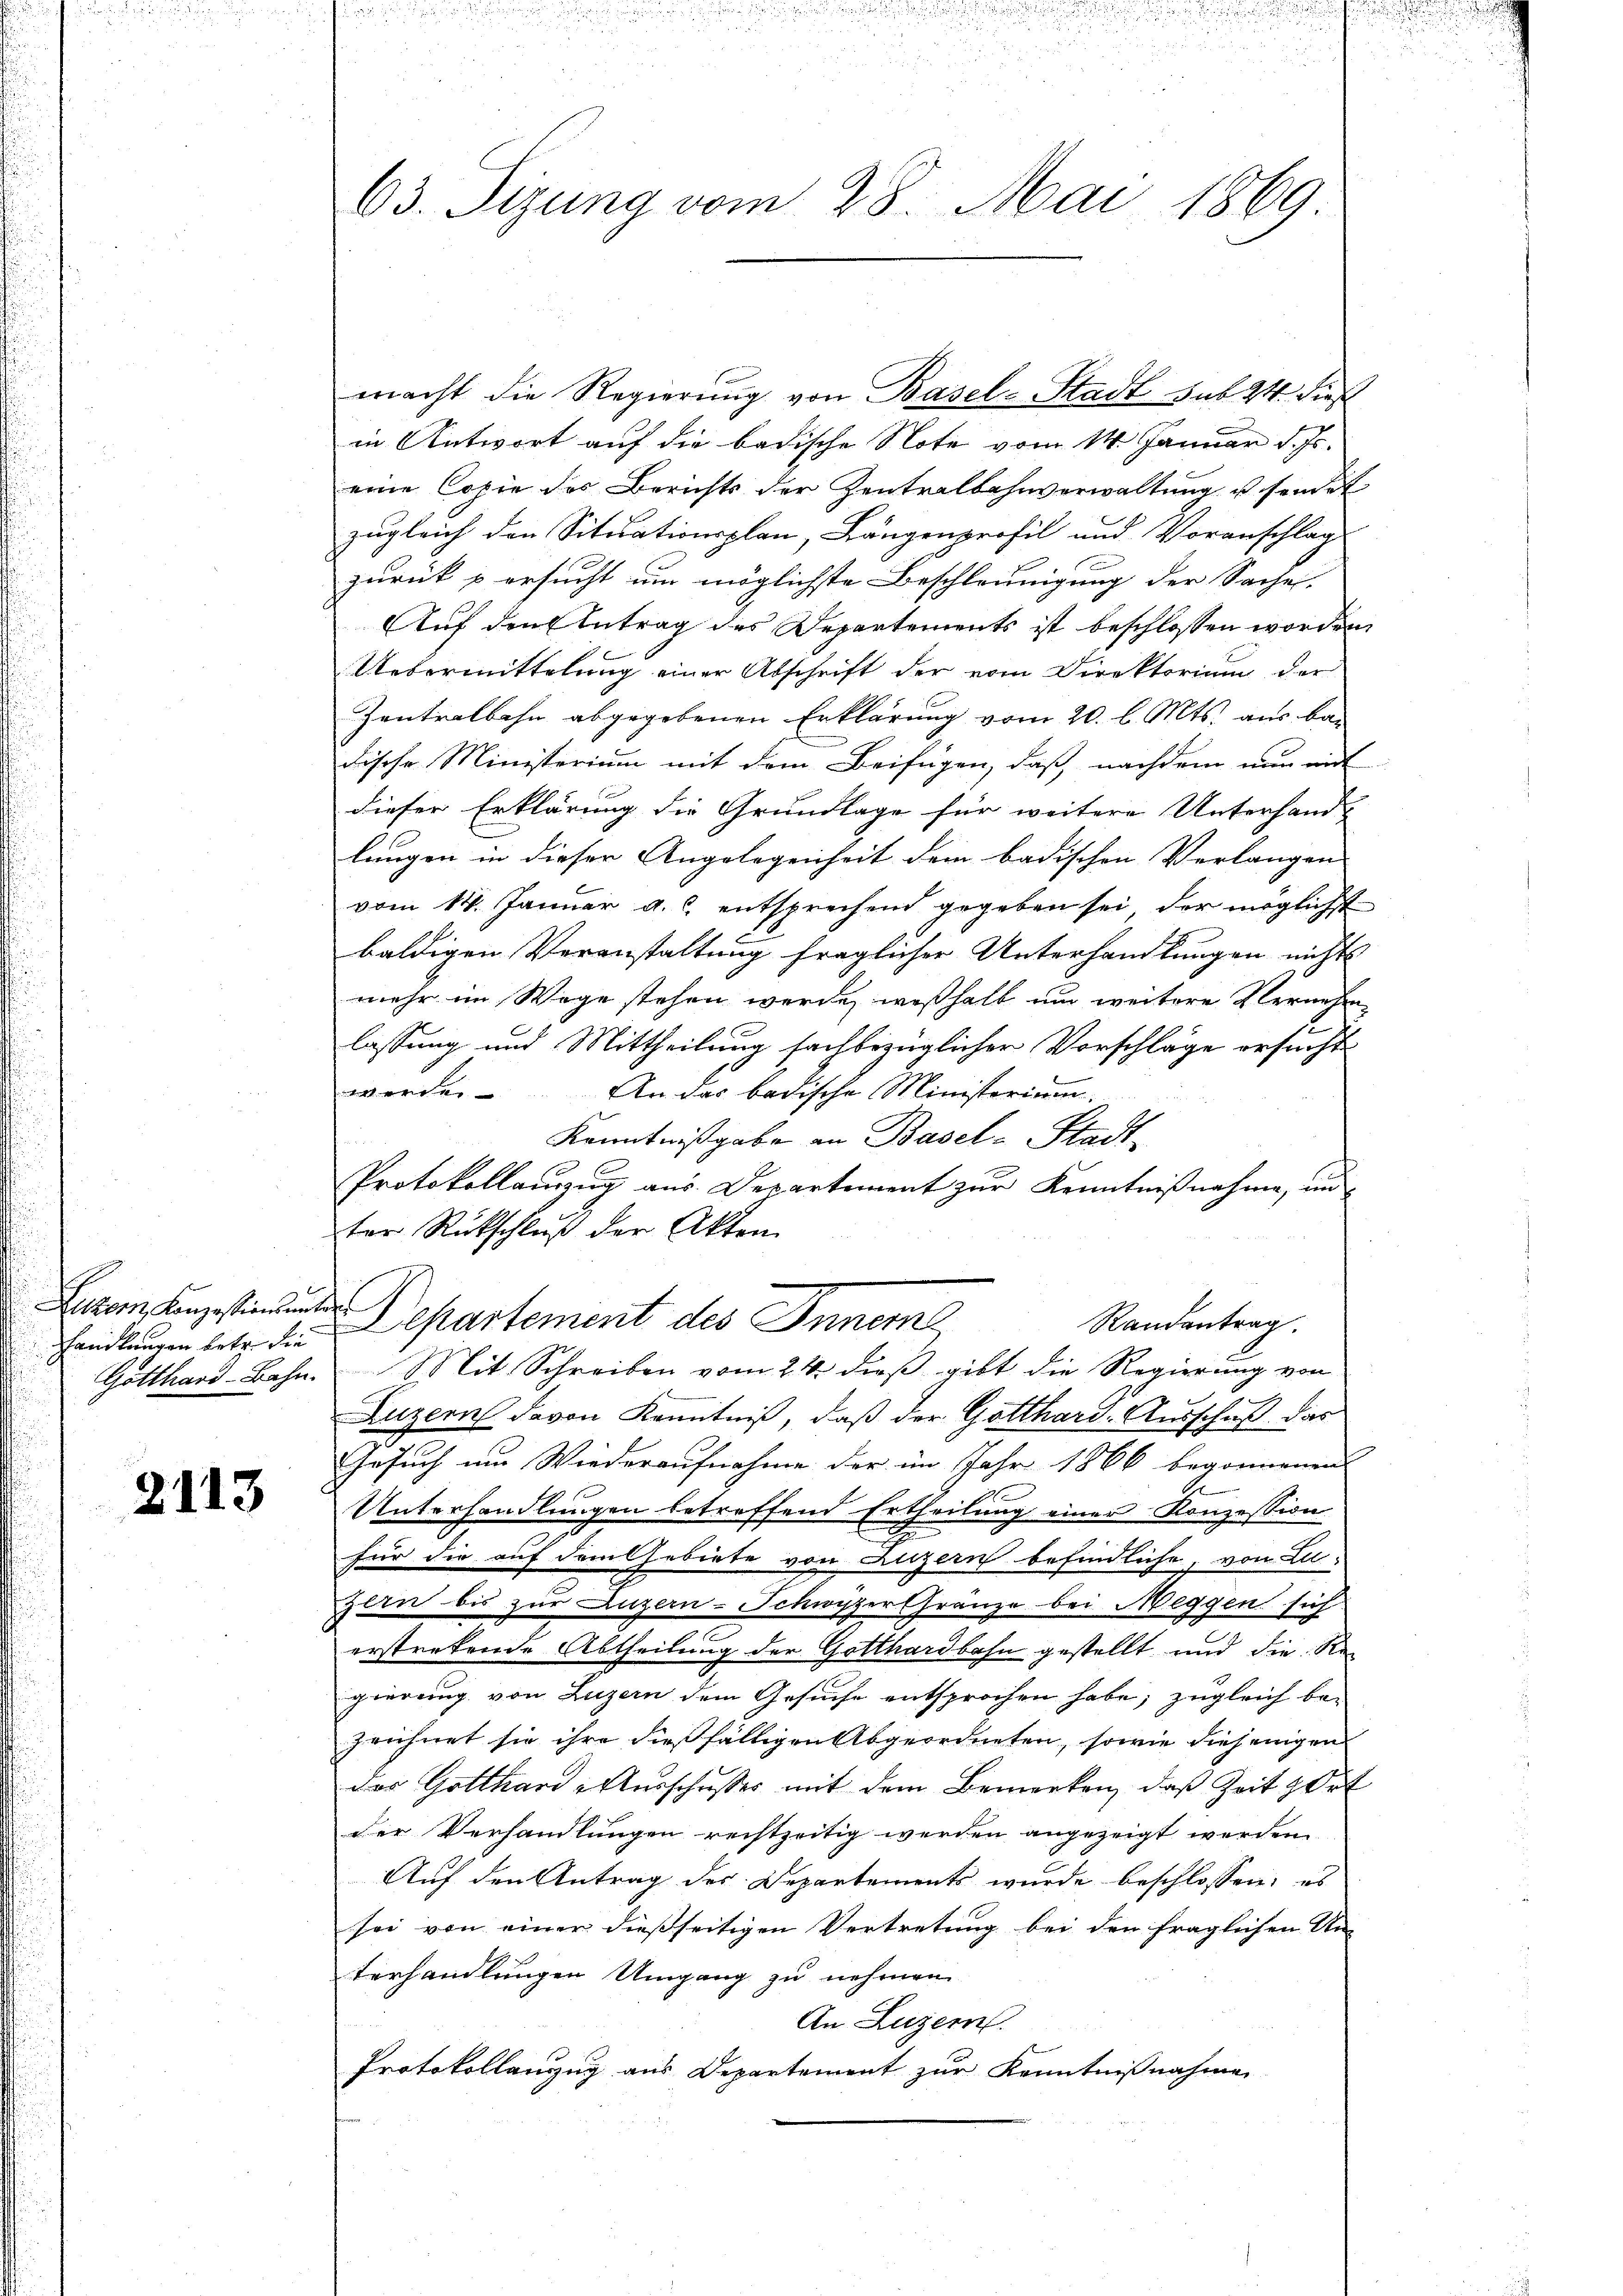
Handlungen betr. die

2113

63. Sizung vom 28. Mai 1869.

macht die Regierung von Basel-Stadt sub 24 dies
in Antwort auf die badische Note vom 14. Januar d. Js.
eine Copie des Berichts der Zentralbahnverwaltung u sendet
zugleich den Situationsplan, Längenprofil und Voranschlag
zurück u ersucht um möglichste Beschleunigung der Sache
Auf den Antrag des Departements ist beschlossen worden,
Uebermittelung einer Abschrift der vom Direktorium der
Zentralbahn abgegebenen Erklärung vom 20. l. Mts. aus ba
dische Ministerium mit dem Beifügen, daß nachdem nun mit
dieser Erklärung die Grundlage für weitere Unterhand-
lungen in dieser Angelegenheit dem badischen Verlangen
vom 14. Januar a. c. entsprechend gegeben sei, der möglichst
baldigen Veranstaltung fraglicher Unterhandlungen nichts
mehr im Wege stehen werde, weßhalb um weitere Vernehme
lassung und Mittheilung sachbezüglicher Vorschläge ersucht
werden
An der badische Ministerium.
Kenntnißgabe an Basel-Stadt-
Protokollauszug aus Departement zur Kenntnißnahme, und
ter Rückschluß der Akten.
Eram angestimmende Departement des Inneme
Randantrag.
Gotthard-Bahn. Mit Schreiben vom 24. dieß gibt die Regierung von
Luzern davon Kenntniß, daß der Gotthard-Ausschuß das
Gesuch um Wiederaufnahme der im Jahr 1866 begonnenen
Unterhandlungen betreffend Ertheilung einer Konzession
für die auf dem Gebiete von Luzern befindliche, von Lu-
Zein bis zur Luzern-Schwyzer Gränze bei Meggen sich
erstrekende Abtheilung der Gotthardbahn gestellt und die Regierung von Luzern dem Gesuche entsprochen habe, zugleich be-
zeichnet sie ihre dießfälligen Abgeordneten, sowie diejenigen
des Gotthard-Ausschusses mit dem Bemerken, daß Zeit Ort
der Verhandlungen rechtzeitig werden angezeigt werden.
Auf den Antrag des Departements wurde beschlossen: es
sei von einer dießseitigen Vertretung bei den fraglichen Un-
terhandlungen Umgang zu nehmen.
An Luzern
Protokollanzug aus Departement zur Kenntnißnahme